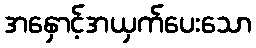
အနှောင့်အယှက်ပေးသော